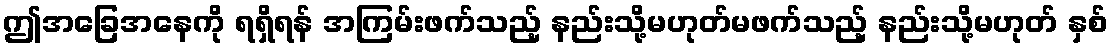
ဤအခြေအနေကို ရရှိရန် အကြမ်းဖက်သည့် နည်းသို့မဟုတ်မဖက်သည့် နည်းသို့မဟုတ် နှစ်